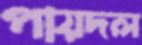
পায়দল